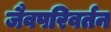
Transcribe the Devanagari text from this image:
जैवपरिवर्तन